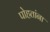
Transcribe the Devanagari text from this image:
पोहतांना